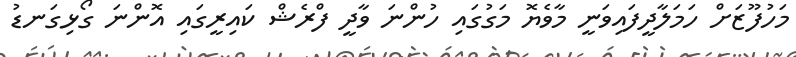
މަހުފޫޒަށް ހަމަލާދީފައިވަނީ މާވެޔޮ މަގުގައި ހުންނަ ވާދީ ފްރެޝް ކައިރީގައި އޮންނަ ގޯޅިގަނޑު